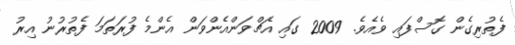
ފެތުރިގެން ގޮސްފައި ވެއެވެ. 2009 ގައި އެޗްވަންއެންވަން އެންމެ ފުރަތަމަ ފެތުރުނު އިރު